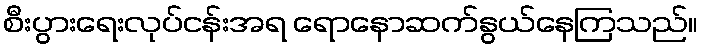
စီးပွားရေးလုပ်ငန်းအရ ရောနောဆက်နွယ်နေကြသည်။